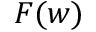
F ( w )